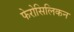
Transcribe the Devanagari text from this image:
फेरोसिलिकन